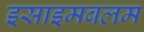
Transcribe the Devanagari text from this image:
इसाइमबलम